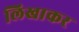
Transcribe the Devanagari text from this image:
लिखाकर